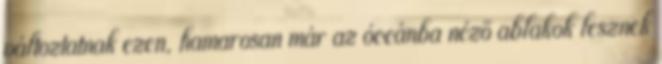
változtatnak ezen, hamarosan már az óceánba néző ablakok lesznek